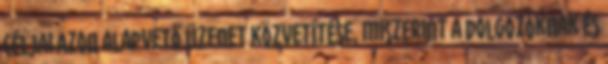
céljai Azon alapvető üzenet közvetítése, miszerint a dolgozóknak és